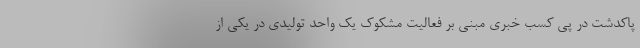
پاکدشت در پی کسب خبری مبنی بر فعالیت مشکوک یک واحد تولیدی در یکی از